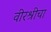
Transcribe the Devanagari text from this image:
वीरश्रीचा